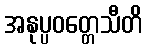
အနုပ္ပဝတ္တေသီတိ